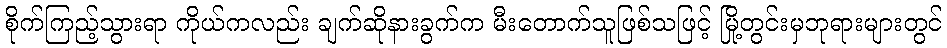
စိုက်ကြည့်သွားရာ ကိုယ်ကလည်း ချက်ဆိုနားခွက်က မီးတောက်သူဖြစ်သဖြင့် မြို့တွင်းမှဘုရားများတွင်